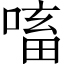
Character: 㗜